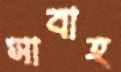
সাবাহ